Indian journal of veterinary science and animal husbandry - Volumes 22-23, 1952-1953
Year: 1952
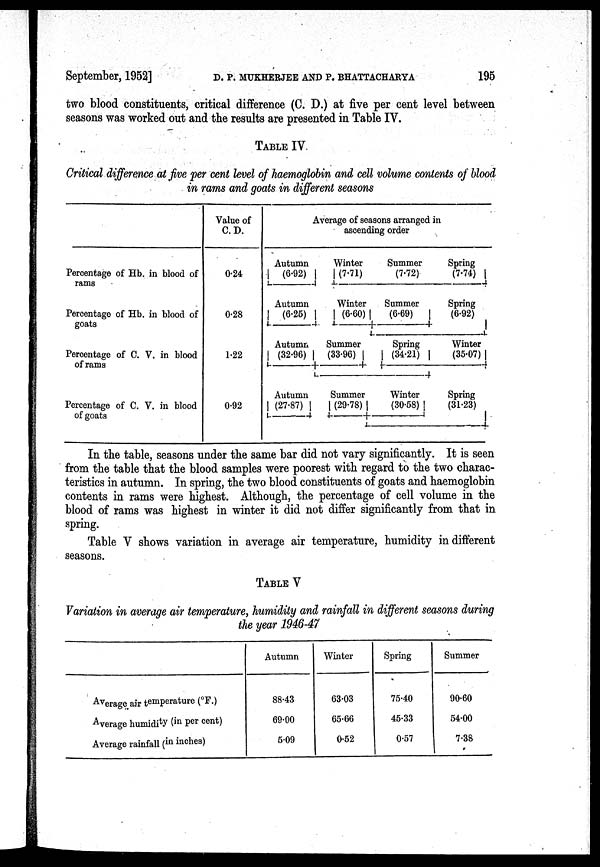
September, 1952] D. P. MUKHERJEE AND P. BHATTACHARYA 195
two blood constituents, critical difference (C. D.) at five per cent level between
seasons was worked out and the results are presented in Table IV.
TABLE IV.
Critical difference at five per cent level of haemoglobin and cell volume contents of blood
in rams and goats in different seasons
Percentage of Hb. in blood of
rams
Percentage of Hb. in blood of
goats
Percentage of C. V. in blood
of rams
Percentage of C. V. in blood
of goats
Value of
C.D.
0.24
0.28
1.22
0.92
Average of seasons arranged in
ascending order
Autumn
(6.92)
Autumn
(6.25)
Autumn
(32.96)
Autumn
(27-87)
Winter
(7.71)
Winter
(6.60)
Summer
(33.96)
Summer
(29.78)
Summer
(7.72)
Summer
(6.69)
Spring
(34.21)
Winter
(30.58)
Spring
(7.74)
Spring
(6.92)
Winter
(35.07)
Spring
(31.23)
In the table, seasons under the same bar did not vary significantly. It is seen
from the table that the blood samples were poorest with regard to the two charac-
teristics in autumn. In spring, the two blood constituents of goats and haemoglobin
contents in rams were highest. Although, the percentage of cell volume in the
blood of rams was highest in winter it did not differ significantly from that in
spring.
Table V shows variation in average air temperature, humidity in different
seasons.
TABLE V
Variation in average air temperature, humidity and rainfall in different seasons during
the year 1946-47
Average air temperature (°F.)
Average humidity (in per cent)
Average rainfall (in inches)
Autumn
88.43
69.00
5.09
Winter
63.03
65.66
0.52
Spring
75.40
45.33
0.57
Summer
90.60
54.00
7.38